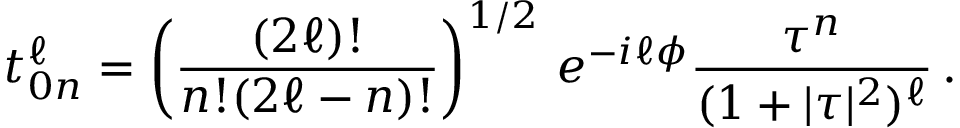
t _ { 0 n } ^ { \ell } = \left( \frac { ( 2 \ell ) ! } { n ! { ( 2 \ell - n ) ! } } \right) ^ { 1 / 2 } \, e ^ { - i \ell \phi } \frac { \tau ^ { n } } { ( 1 + | \tau | ^ { 2 } ) ^ { \ell } } \, .